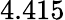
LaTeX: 4.415